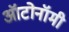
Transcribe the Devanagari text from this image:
ऑटोनॉमी